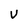
Character: V